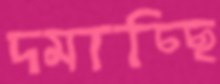
দমাচ্ছি